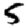
Digit: 5